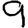
Digit: 9